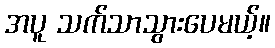
အပူ သက်သာသွားပေမယ့်။